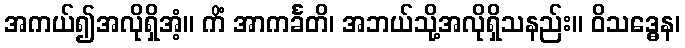
အကယ်၍အလိုရှိအံ့။ ကိံ အာကင်္ခတိ၊ အဘယ်သို့အလိုရှိသနည်း။ ဝိသဒ္ဓေန၊